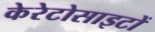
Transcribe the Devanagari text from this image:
केरेटोसाइटों